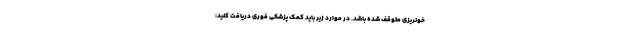
خونریزی متوقف شده باشد. در موارد زیر باید کمک پزشکی فوری دریافت کنید: